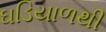
ઘડિયાળથી